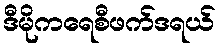
ဒီမိုကရေစီဖက်ဒရယ်